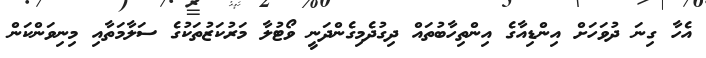
އެހާ ގިނަ ދުވަހަށް އިންޑިއާގެ އިންތިހާބުތައް ދިގުދެމިގެންދަނީ ވޯޓުލާ މަރުކަޒުތަކުގެ ސަލާމަތާއި މިނިވަންކަން